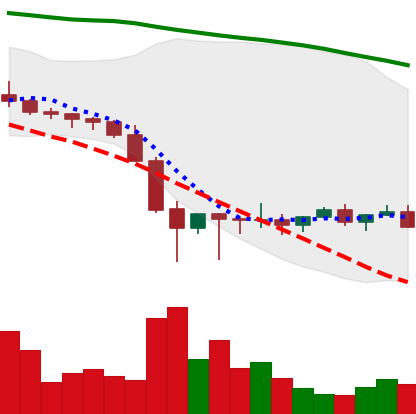
Ticker: XLM-USD
Chart end date: 2022-02-02
Forward return: 24.009%
Label: up_7plus